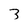
Character: 3